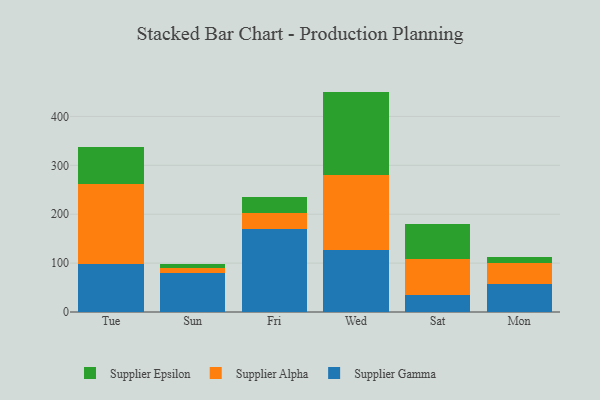
{"axis": {"x": "Day", "y": "Gross Profit (USD K)"}, "legend": ["Supplier Alpha", "Supplier Epsilon", "Supplier Gamma"], "data": [{"x": "Tue", "y": 98.7, "type": "Supplier Gamma"}, {"x": "Tue", "y": 162.5, "type": "Supplier Alpha"}, {"x": "Tue", "y": 76.9, "type": "Supplier Epsilon"}, {"x": "Sun", "y": 79.1, "type": "Supplier Gamma"}, {"x": "Sun", "y": 10.6, "type": "Supplier Alpha"}, {"x": "Sun", "y": 9.3, "type": "Supplier Epsilon"}, {"x": "Fri", "y": 169.5, "type": "Supplier Gamma"}, {"x": "Fri", "y": 33.1, "type": "Supplier Alpha"}, {"x": "Fri", "y": 31.7, "type": "Supplier Epsilon"}, {"x": "Wed", "y": 126.3, "type": "Supplier Gamma"}, {"x": "Wed", "y": 154.9, "type": "Supplier Alpha"}, {"x": "Wed", "y": 169.6, "type": "Supplier Epsilon"}, {"x": "Sat", "y": 34.8, "type": "Supplier Gamma"}, {"x": "Sat", "y": 73.5, "type": "Supplier Alpha"}, {"x": "Sat", "y": 71.8, "type": "Supplier Epsilon"}, {"x": "Mon", "y": 56.4, "type": "Supplier Gamma"}, {"x": "Mon", "y": 43.0, "type": "Supplier Alpha"}, {"x": "Mon", "y": 12.4, "type": "Supplier Epsilon"}]}